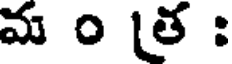
మ ం త :